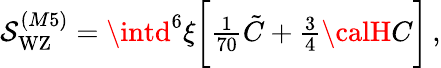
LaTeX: \mathcal{S}_{\mathrm{{WZ}}}^{(M5)}=\intd^{6}\xi\biggl[{\textstyle{\frac{{1}}{{70}}}}\tilde{{C}}+{\textstyle{\frac{{3}}{{4}}}}{\calH}C\biggr]\, ,